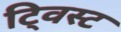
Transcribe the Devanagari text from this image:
टि्वस्ट